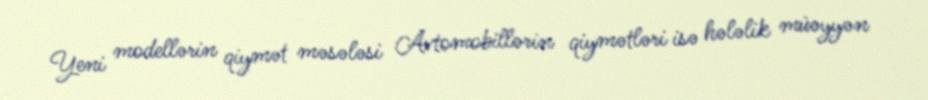
Yeni modellərin qiymət məsələsi Avtomobillərin qiymətləri isə hələlik müəyyən